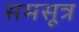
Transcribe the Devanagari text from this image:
समसूत्र